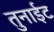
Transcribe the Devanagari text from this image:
तुनाईट